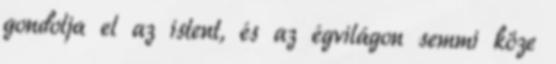
gondolja el az istent, és az égvilágon semmi köze